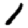
Digit: 1